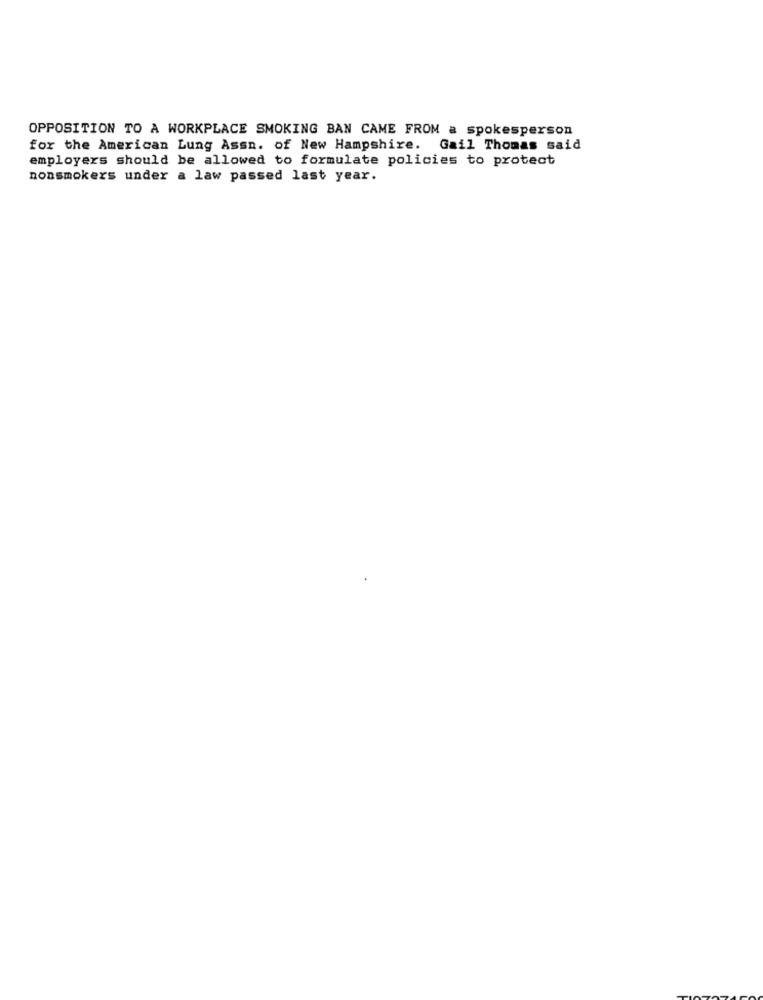
OPPOSITION TO A WORKPLACE SMOKING BAN CAME FROM a spokesperson
for the American Lung Assn. of New Hampshire. Gail Thomas said
employers should be allowed to formulate policies to protect
nonsmokers under a law passed last year.